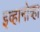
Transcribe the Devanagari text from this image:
इव्हानोव्हा